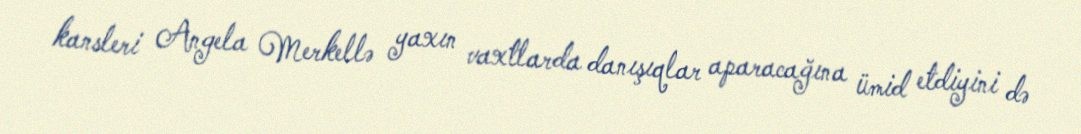
kansleri Angela Merkellə yaxın vaxtlarda danışıqlar aparacağına ümid etdiyini də